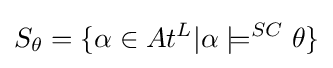
S_{\theta }=\{\alpha \in At^{L}|\alpha \models ^{SC}\theta \}